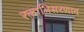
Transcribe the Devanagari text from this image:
रक्ताभिसरणात